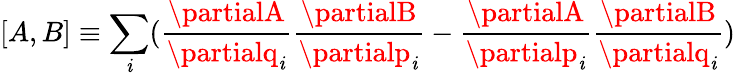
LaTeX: [A,B]\equiv\sum_{\mathit{i}}(\frac{{\partialA}}{{\partialq_{\mathit{i}}}}\frac{{\partialB}}{{\partialp_{\mathit{i}}}}-\frac{{\partialA}}{{\partialp_{\mathit{i}}}}\frac{{\partialB}}{{\partialq_{\mathit{i}}}})